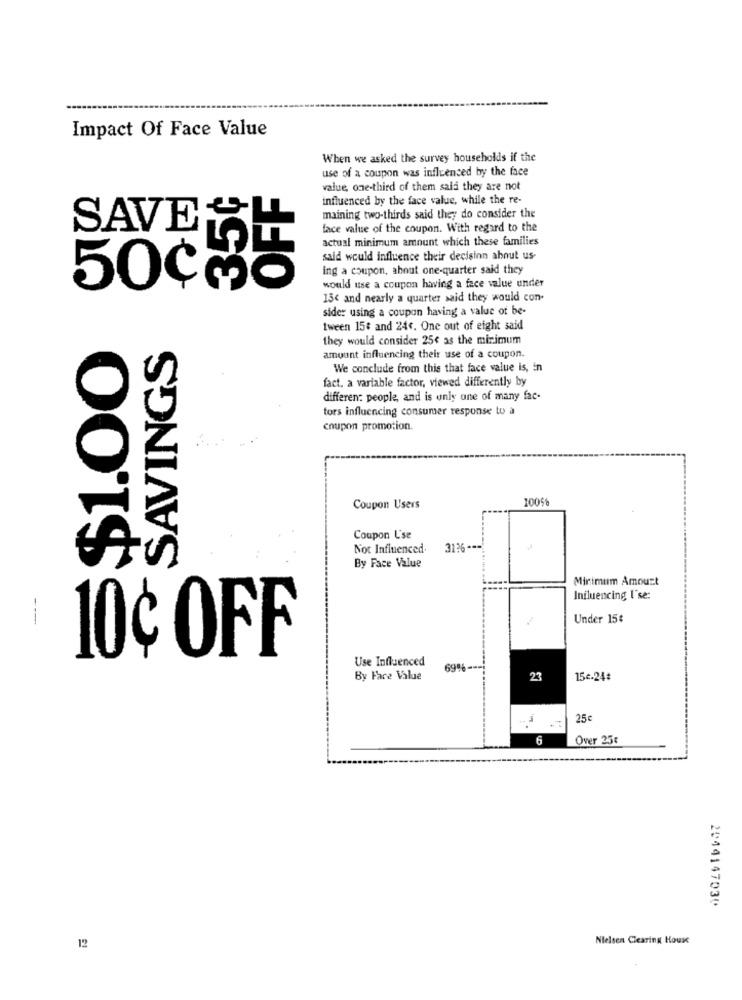
Impact Of Face Value
When we asked the survey households if the
use of a coupon was influenced by the face
35¢
OFF
value, one-third of them said they are not
influenced by the face value, while the re-
maining two-thirds said they do consider the
SAVE
face value of the coupon. With regard to the
actual minimum amount which these families
said would influence their decision about us-
ing a coupon, about one-quarter said they
50CMo
would use a coupon having a face value under
15c and nearly a quarter said they would con-
sider using a coupon having a value of be-
tween 15€ and 244. One out of eight said
they would consider 25c as the minimum
$1.00
SAVINGS
amount influencing their use of a coupon.
We conclude from this that face value is, in
fact. a variable factor, viewed differently by
differen: people, and is only one of many fac-
tors influencing consumer response to a
coupon promotion.
10058
Coupon Users
Coupon L'se
Not Influenced.
3126 ---
By Face Value
Minimum Amount
Influencing I'se:
Under 15€
10¢ OFF
Use Influenced
69%
By Fare Value
23
15c.24¢
25€
6
Over 25€
2044147030
Nielsen Clearing House
12